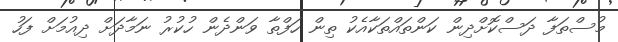
މުސްތަފާ ދަސްކޮށްދިން ކަންތައްތަކާއެކު ތިން ހަފްތާ ވަންދެން ހުކުރު ނަމާދަށް ދިއުމަށް ފަހު